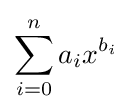
\sum _{i=0}^{n}a_{i}x^{b_{i}}